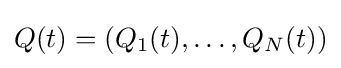
Q(t)=(Q_{1}(t),\ldots ,Q_{N}(t))